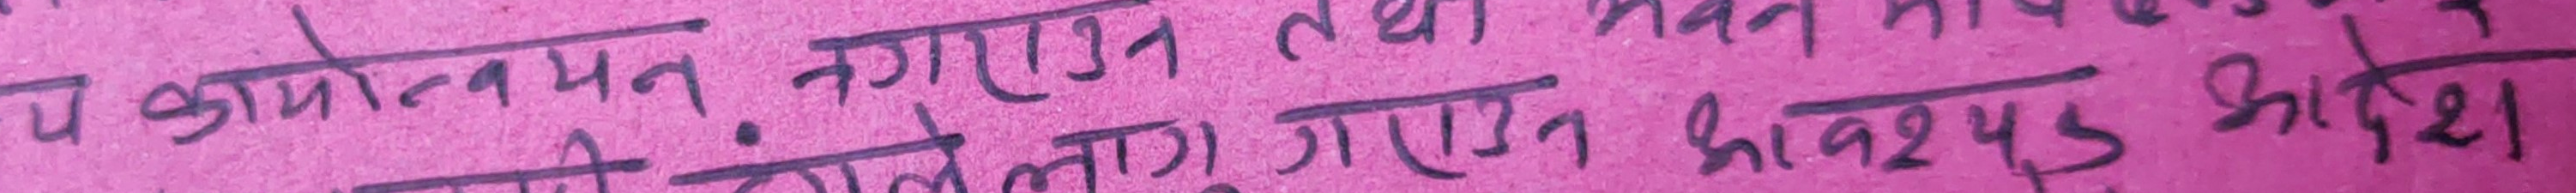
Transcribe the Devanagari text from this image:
च कार्यान्वयन गराउन तथा भवन भाडाले
गर्दा संचालन गराउन आवश्यक छ।